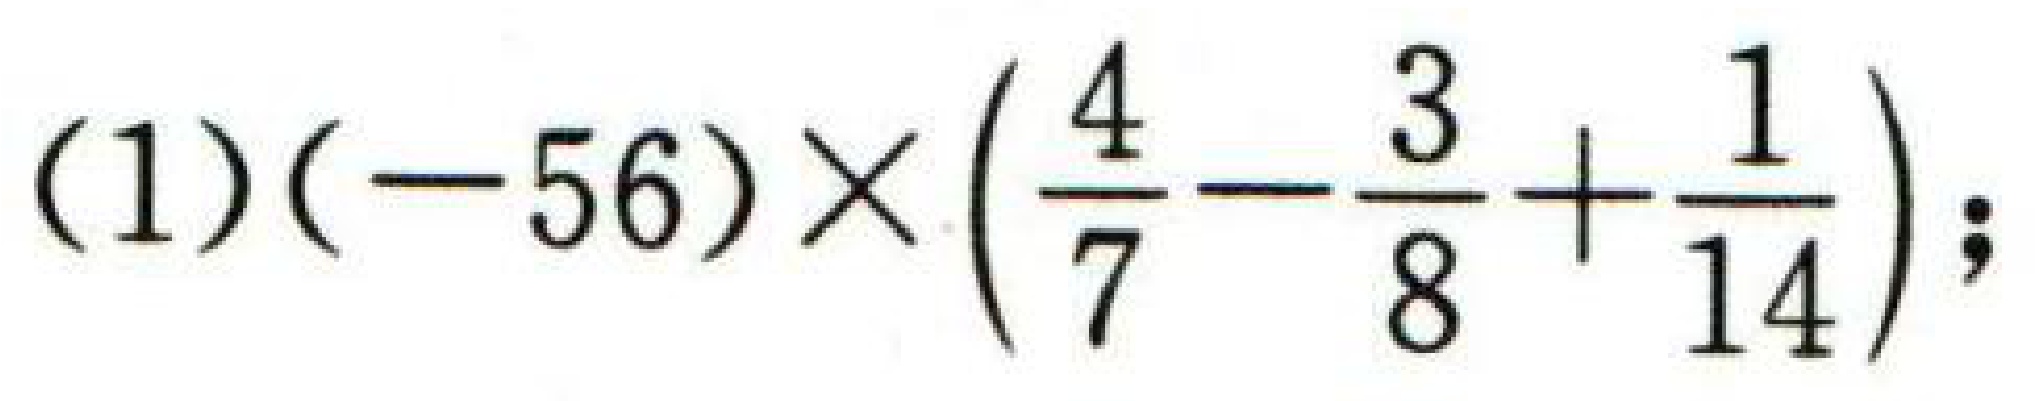
\((1)(-56)\times(\frac{4}{7}-\frac{3}{8}+\frac{1}{14})\)